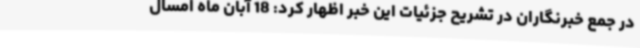
در جمع خبرنگاران در تشریح جزئیات این خبر اظهار کرد: 18 آبان ماه امسال